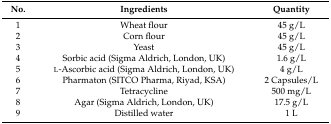
<table><thead><tr><td><b>No.</b></td><td><b>Ingredients</b></td><td><b>Quantity</b></td></tr></thead><tbody><tr><td>1</td><td>Wheat flour</td><td>45 g/L</td></tr><tr><td>2</td><td>Corn flour</td><td>45 g/L</td></tr><tr><td>3</td><td>Yeast</td><td>45 g/L</td></tr><tr><td>4</td><td>Sorbic acid (Sigma Aldrich, London, UK)</td><td>1.6 g/L</td></tr><tr><td>5</td><td>l-Ascorbic acid (Sigma Aldrich, London, UK)</td><td>4 g/L</td></tr><tr><td>6</td><td>Pharmaton (SITCO Pharma, Riyad, KSA)</td><td>2 Capsules/L</td></tr><tr><td>7</td><td>Tetracycline</td><td>500 mg/L</td></tr><tr><td>8</td><td>Agar (Sigma Aldrich, London, UK)</td><td>17.5 g/L</td></tr><tr><td>9</td><td>Distilled water</td><td>1 L</td></tr></tbody></table>